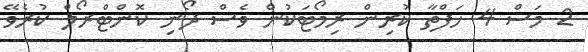
2 މަސް 4 ހަފްތާ ކުރިން ރިމޯޓަކުން ވެސް ދޯނި ކޮންޓްރޯލް ކުރެވޭ